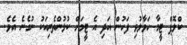
ކްލޮޕް ޓީމާ ހަވާލުވި ފަހުން އަދި އެ ޓީމަށް ކުޅުންތެރިއަކު ނުގެނެ އެވެ.